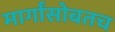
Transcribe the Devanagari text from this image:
मार्गांसोबतच